Vaccination in the Punjab 1919-1929 - 1919-1929
Year: 1919
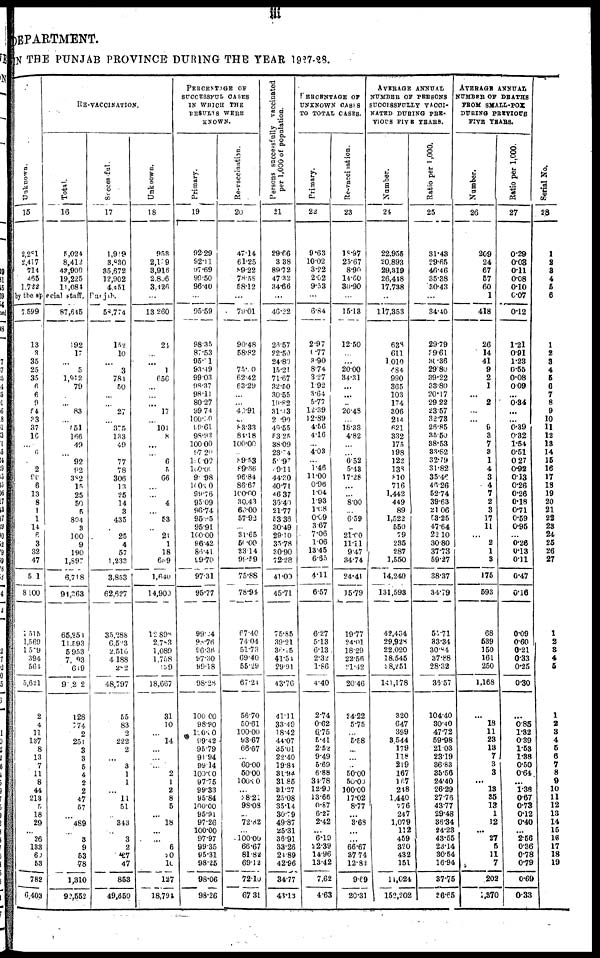
iii
DEPARTMENT.
IN THE PUNJAB PROVINCE DURING THE YEAR 1927-28.
Unknown.
15
2,281
2,417
714
465
1,722
RE-VACCINATION.
Total.
16
5,024
8,412
43,900
19,225
11,084
Successful.
17
1,919
3,830
35,672
12,902
4,4 51
by the special staff, Punjab.
7,599
13
3
35
25
35
6
6
9
54
33
37
16
...
6
...
2
90
6
13
8
1
1
14
6
3
32
47
51
8,100
1,516
1,569
1559
394
564
5,621
2
4
11
137
8
13
7
11
8
44
213
5
18
29
...
26
133
60
53
782
6,403
87,645
192
17
...
5
1,912
79
...
...
83
...
151
166
49
...
92
92
382
15
25
50
5
804
3
100
9
190
1,897
6,718
91,263
65,254
11,593
5,953
7,793
649
91,242
128
574
2
251
3
3
5
4
2
2
47
57
...
489
...
3
9
53
78
1,310
92,562
58,774
152
10
...
3
784
50
...
...
27
...
375
133
49
...
77
78
306
13
25
14
3
435
...
25
4
57
1,233
3,853
62,627
35,288
6,523
2,516
4,188
282
48,797
55
83
2
222
2
...
3
1
1
...
11
51
...
343
...
3
2
27
47
853
49,650
Unknown.
18
953
2,159
3,916
2,806
3,426
...
13,260
24
...
...
1
656
...
...
...
17
...
101
8
...
...
6
5
66
...
...
4
...
53
...
21
1
18
659
l,640
14,900
12,898
2,783
1,089
1,758
149
18,667
31
10
...
14
...
...
...
2
1
2
8
5
. ..
18
...
...
6
20
10
127
18,794
PERCENTAGE OF
SUCCESSFUL CASES
IN WHICH THE
RESULTS WERE
KNOWN.
Primary.
19
92.29
92.11
97.69
99.50
96.40
...
95.59
98.35
87.53
95.01
93.49
99.03
98.37
98.11
80.27
99.74
100.30
99,61
98.92
100.00
97.20
100.00
109.00
90.98
100.00
99.76
95.09
96.74
95.85
95.91
100.00
96.42
86.41
99.70
97.31
95.77
99.24
98.76
96.36
97.30
99.18
98.28
100. 00
98.90
100.00
99.42
95.79
91.94
99.14
l00.00
97.75
99.33
95.84
100.00
95.91
97.26
100.00
97.97
99.35
95.31
98.25
98.06
98.26
Re-vaccination.
20
47.14
61.25
89.22
78.58
58.12
...
79.01
90.48
58.82
...
75.00
62.42
63.29
...
...
40.91
...
83.33
84.18
100.00
...
89.53
89.66
96.84
86.67
100.00
30.43
60.00
57.93
...
31.65
50.00
33.14
99.59
75.88
78.91
67.40
74.04
51.73
69.40
55.29
67.24
56.70
50.61
100.00
93.67
66.67
...
60.00
50.00
100.00
...
28.211
98.08
...
72.82
...
100.00
66.67
81.82
69.12
72.10
67.31
Persons successfully vaccinated
per 1,000 of population.
21
29.66
3.38
89.72
47.32
34.66
...
46.22
23.57
22.50
24.80
15.21
71.67
32.50
30.55
19.82
31.13
2.90
40.55
53.25
38.09
23.74
58.97
49.11
44.30
40.71
46.37
35.40
21.77
53.36
30.49
29.10
35.78
30.90
72.28
41.00
45.71
75.85
39.21
36.1 5
41.51
29.91
43.76
41.11
33.49
18.42
44.07
35.01
22.40
19.84
31.94
31.85
31.27
25.08
35.14
30.79
49.87
25.31
36.91
33.26
24.89
42.96
34.77
43.13
PERCENTAGE OF
UNKNOWN CASES
TO TOTAL CASES.
Primary.
22
9.63
10.02
3.22
2.02
9.53
...
6.84
2.97
0.77
3.90
8.74
3.27
1.92
3.64
5.77
12.39
12.89
4.56
4.16
...
4.03
...
1.46
11.00
0.96
1.04
1.93
1.68
0.09
3.67
7.06
1.06
13.45
6.35
4.11
6.57
6.27
5.13
6.13
2.32
1.86
4.40
2.74
0.62
6.75
5.41
2.52
9.49
5.69
6.88
34.78
12.90
13.66
0.87
6.27
2.42
...
6.19
22.39
14.96
13.42
7.62
4.63
Re-vaccination.
23
18.97
25.67
8.90
14.60
30.90
...
15.13
12.50
...
...
20.00
34.31
...
...
...
20.48
...
18.33
4.82
...
...
6.52
5.43
17.28
...
...
8.00
...
6.59
...
21.00
11.11
9.47
34.74
24.41
15.79
19.77
24.01
18.29
22.56
21.42
20.46
24.22
5.75
...
5.58
...
...
...
50.00
50.00
100.00
17.02
8.77
. ..
3.68
...
...
66.67
37.74
12.82
9.69
20.31
AVERAGE ANNUAL
NUMBER OF PERSONS
SUCCESSFULLY VACCI¬
NATED DURING PRE¬
VIOUS FIVE YEARS.
Number.
24
22.955
20,893
29,319
26,448
17.738
...
117,353
638
611
1,010
484
990
365
103
174
306
214
621
332
175
198
122
138
810
716
1,442
449
89
1,522
550
79
235
287
1,550
14,240
131,598
42,434
29,928
22,020
18,545
28,251
141,178
320
647
399
3,544
179
118
219
167
167
248
1,440
776
247
1,079
112
459
320
432
151
11,024
152,202
Ratio per 1,000.
25
31.43
29.65
46.46
35.38
30.43
...
34.40
29.79
39.61
30 .36
29.80
39.22
38.80
20.17
29.22
23.57
32.73
26.85
35.50
38.53
33.82
32.79
31.82
35.46
46.26
52.74
39.63
21.06
53.25
47.64
22.10
30.80
37.73
59.27
38.37
34.79
55.71
33.34
30,84
37.88
28.32
36.57
104.40
30.40
47.72
59.98
21.03
23.19
36.83
35.56
24.40
26.29
27.76
43.77
29.48
36.34
24.23
43.55
23.14
30.54
16.94
37.75
26.65
AVERAGE ANNUAL
NUMBER OF DEATHS
FROM SMALL-POX
DURING PERVIOUS
FIVE YEARS.
Number.
26
209
24
67
57
60
1
418
26
14
41
9
2
1
...
2
...
...
9
3
7
3
1
4
3
4
7
2
3
17
11
...
2
1
8
175
593
68
539
150
161
250
1,168
...
18
11
23
13
7
3
3
...
13
35
13
1
12
...
27
5
11
7
202
1,37o
Ratio per 1,000.
27
0.29
0.03
0.11
0.08
0.10
0.07
0.12
1.21
0.91
1.23
0.55
0.08
009
...
0.34
...
. ..
0.39
0.32
1.54
0.51
0. 27
0.92
0.13
0.26
0.26
0.18
0.71
0.59
0.95
...
0.26
0.13
0.11
0.47
0.16
0.09
0.60
0.21
0.33
0.25
0.30
...
0.85
1.32
0.39
1.53
1.38
0.50
0.64
...
1.38
0.67
0.73
0.12
0.40
...
2.56
0.36
0.78
0.79
0.69
0.33
Serial No.
28
1
2
3
4
5
6
1
2
3
4
5
6
7
8
9
10
11
12
13
14
15
16
17
18
19
20
21
22
23
24
25
26
27
1
2
3
4
5
1
2
3
4
5
6
7
8
9
10
11
12
13
14
15
16
17
18
19